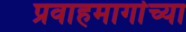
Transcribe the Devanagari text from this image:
प्रवाहमार्गाच्या